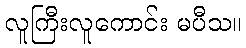
လူကြီးလူကောင်း မပီသ။